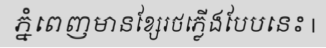
ភ្នំពេញមានខ្សែរថភ្លើងបែបនេះ |